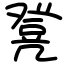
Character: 凳